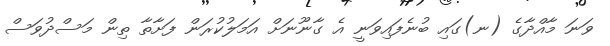
ވަނަ މާއްދާގެ (ނ)ގައި ބުނެފައިވަނީ އެ ގާނޫނަށް އަމަލުކުރަން ފަށާތާ ތިން މަސްދުވަސް